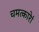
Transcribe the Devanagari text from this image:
चमत्कारेां